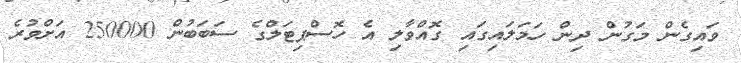
ވައިގެން މަގުން ދިން ހަމަލައިގައި ގޮއްވާލި އެ ހޮސްޕިޓަލްގެ ސަބަބުން 250000 އަށްވުރެ